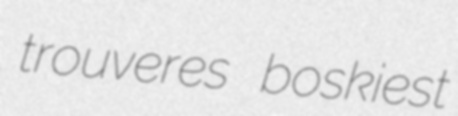
trouveres boskiest